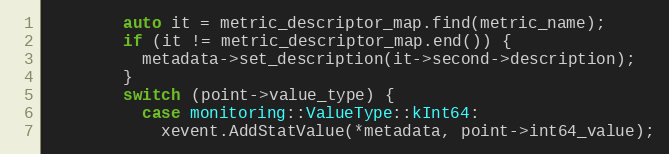
Language: C++
        auto it = metric_descriptor_map.find(metric_name);
        if (it != metric_descriptor_map.end()) {
          metadata->set_description(it->second->description);
        }
        switch (point->value_type) {
          case monitoring::ValueType::kInt64:
            xevent.AddStatValue(*metadata, point->int64_value);